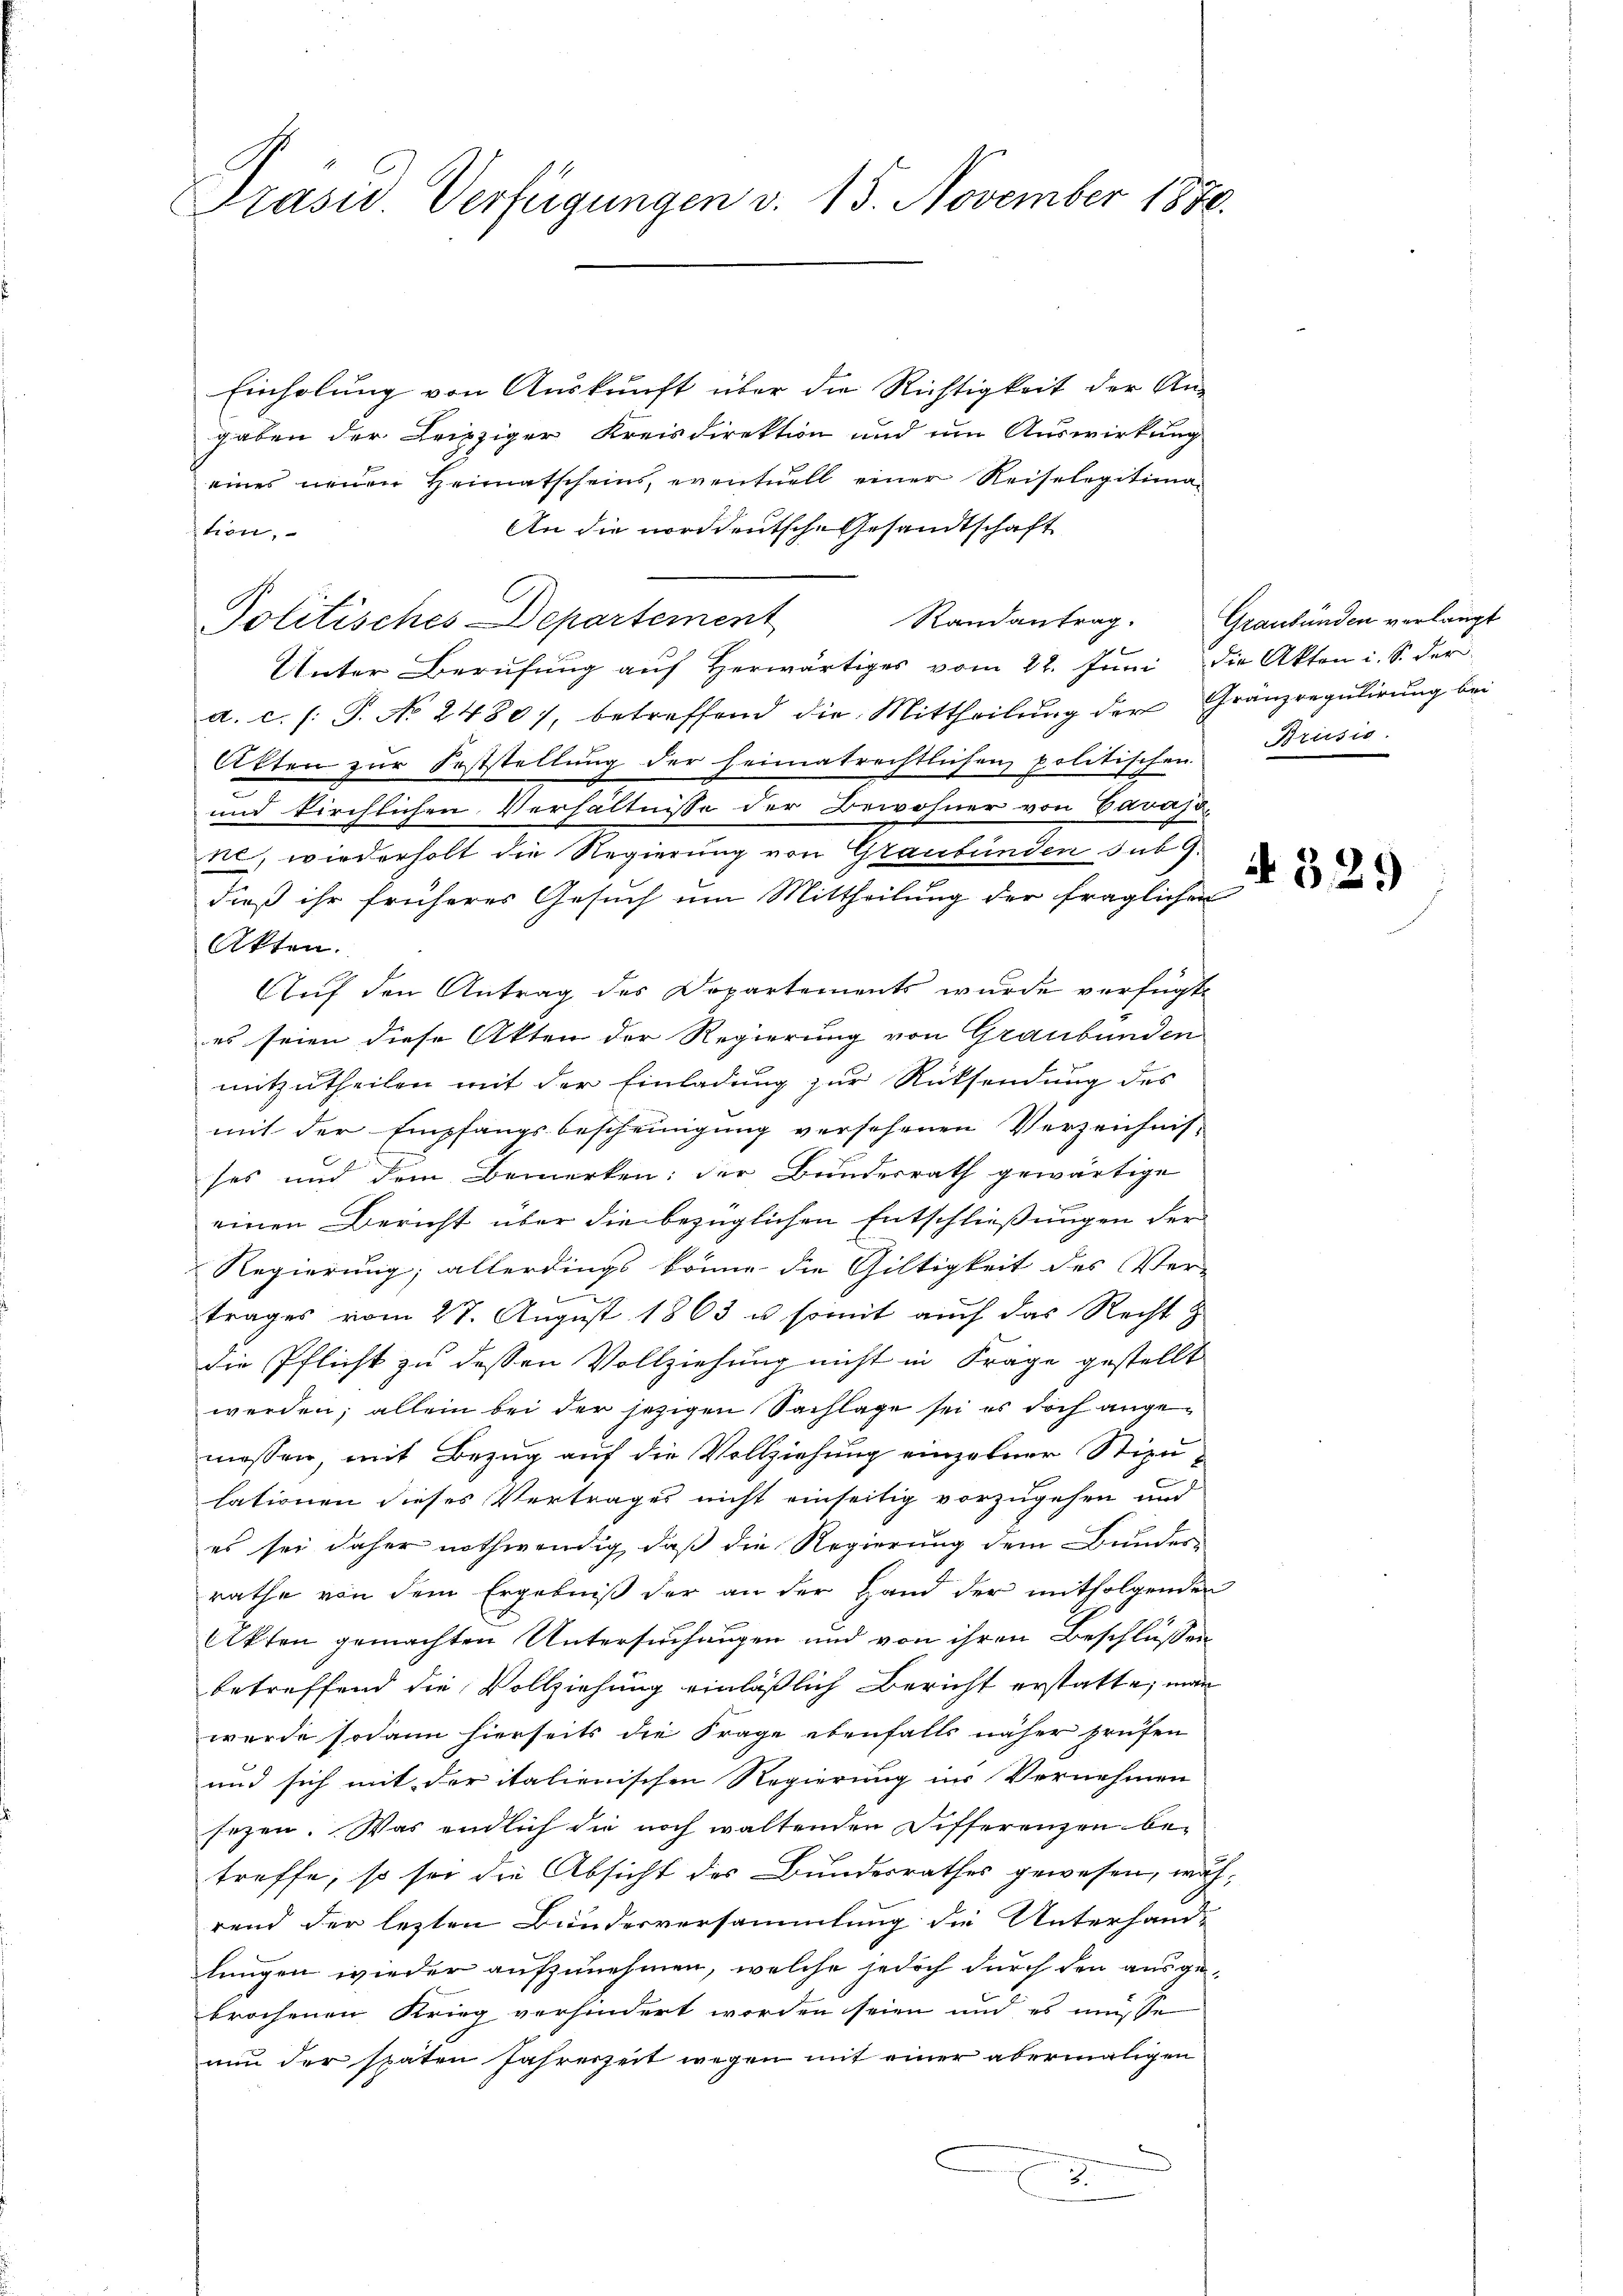
Präsid. Verfügungen v. 15. November 1870.

Einholung von Auskunft über die Richtigkeit der An-
gaben der Leipziger Kreisdirektion und um Auswirkung
eines neuen Heimatscheins, eventuell einer Reiselegitima¬
An die norddeutsche Gesandtschaft
tion,
x
Randantrag.
Politisches Departement
Unter Berufung aŭf herwärtiges vom 22. Juni die Akten i. S. der
a. c. /: P. No 2480), betreffend die Mittheilung der Granzregulirung bei
Akten zur Feststellung der heimatrechtlichen politischen
e
und kirchlichen Verhältnisse der Bewohner von Savajoil, wiederholt die Regierung von Graubünden sub 9.
dieß ihr früheres Gesuch um Mittheilung der fraglichen
Akten.
Auf den Antrag des Departements wurde verfügt:
es seien diese Akten der Regierung von Graubünden
mitzutheilen mit der Einladung zur Rücksendung des
mit der Empfangsbescheinigung versehenen Verzeichnis-
ses und dem Bemerken; der Bundesrath gewärtige
einen Bericht über die bezüglichen Entschließungen der
Regierung; allerdings könne die Giltigkeit des Ver-
A
trages vom 27. August 1863 u. somit auch das Recht z
die Pflicht zu dessen Vollziehung nicht in Frage gestellt
werden; allein bei der jezigen Sachlage sei es doch angemessen, mit Bezug auf die Vollziehung einzelner Stizulationen dieses Vertrages nicht einseitig vorzugehen und
es sei daher nothwendig, daß die Regierung dem Bundes-
rathe von dem Ergebniß der an der Hand der mitfolgenden
Akten gemachten Untersuchungen und von ihren Beschlüssen
betreffend die Vollziehung einläßlich Bericht erstatte, man
wurde sodann hierseits die Frage ebenfalls näher prüfen
und sich mit der italienischen Regierung in Vernehmen
sezen. Was endlich die noch waltenden Differenzen betreffe, so sei die Absicht des Bundesrathes gewesen, wu
rend der lezten Bundesversammlung die Unterhand-
lungen wieder aufzunehmen, welche jedoch durch den ausge-
brochenen Krieg verhindert worden seien und es müsse
nun der spaten Jahreszeit wegen mit einer abermaligen
2
E

Graubünden verlangt
Brusis.

2

N 329